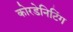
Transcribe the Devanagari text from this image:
कोरडेनिटिंग